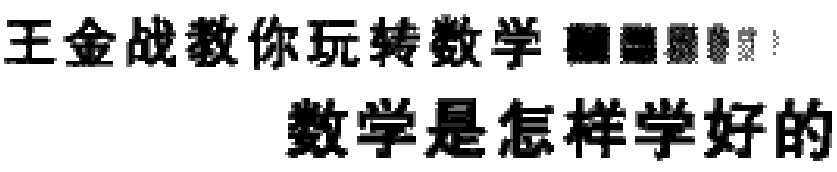
王金战教你玩转数学  数学是怎样学好的